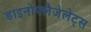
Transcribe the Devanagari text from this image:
डाइनोफ्लैजेलेट्स